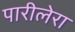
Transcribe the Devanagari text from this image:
पारीलेरा